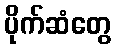
ပိုက်ဆံတွေ